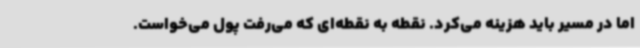
اما در مسیر باید هزینه می‌کرد. نقطه به نقطه‌ای که می‌رفت پول می‌خواست.